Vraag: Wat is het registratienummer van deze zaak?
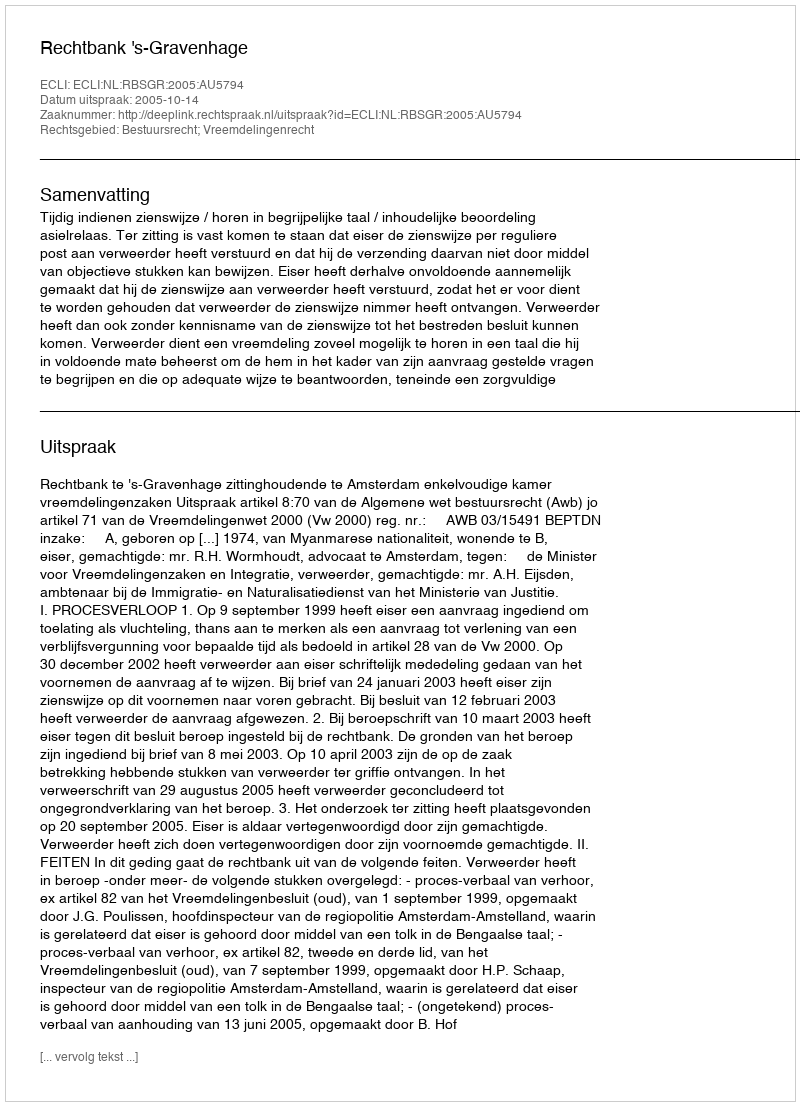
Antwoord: http://deeplink.rechtspraak.nl/uitspraak?id=ECLI:NL:RBSGR:2005:AU5794